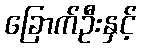
ခြောက်ဦးနှင့်